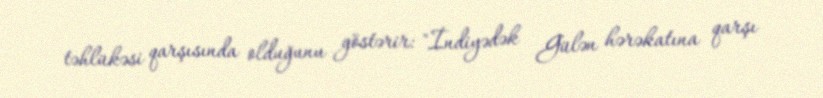
təhlükəsi qarşısında olduğunu göstərir: "İndiyədək Gülən hərəkatına qarşı